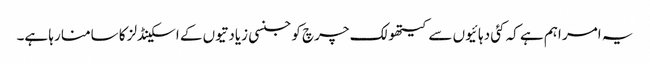
یہ امر اہم ہے کہ کئی دہائیوں سے کیتھولک چرچ کو جنسی زیادتیوں کے اسکینڈلز کا سامنا رہا ہے۔